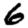
Digit: 6